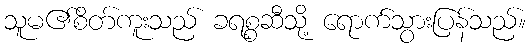
သူမ၏စိတ်ကူးသည် ခရစ္စဆီသို့ ရောက်သွားပြန်သည်။